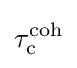
\tau _{\rm {c}}^{\rm {coh}}